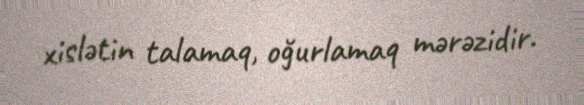
xislətin talamaq, oğurlamaq mərəzidir.